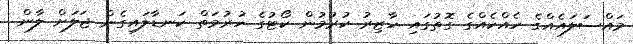
މައްސަލައެއްގެ ހެއްކެއްގެ ގޮތުގައި ހާޒިރު ކުރުމުން ކޯޓުގެ ހުރުމަތް ކަނޑާލައިގެން ޖަލަށް ލާން